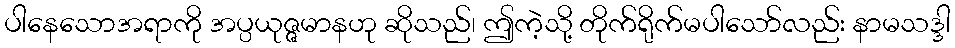
ပါနေသောအရာကို အပ္ပယုဇ္ဇမာနဟု ဆိုသည်၊ ဤကဲ့သို့ တိုက်ရိုက်မပါသော်လည်း နာမသဒ္ဒါ